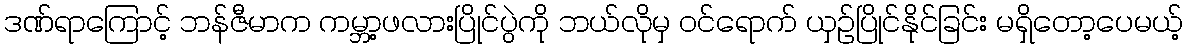
ဒဏ်ရာကြောင့် ဘန်ဇီမာက ကမ္ဘာ့ဖလားပြိုင်ပွဲကို ဘယ်လိုမှ ဝင်ရောက် ယှဉ်ပြိုင်နိုင်ခြင်း မရှိတော့ပေမယ့်